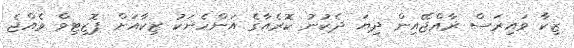
ޒިކާ ވައިރަސް ރާއްޖޭއިން ދިޔަ ދެކުނު ކޮރެއާގެ އަންހެނަކު ޒިކާއަށް ޕޮޒިޓިވް ވެއްޖެ